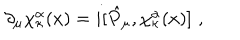
\partial _ { \mu } \chi _ { \kappa } ^ { \alpha } ( x ) = i [ \hat { P } _ { \mu } , \chi _ { \kappa } ^ { \alpha } ( x ) ] \, \, ,